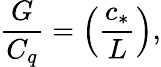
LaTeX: \frac{G}{C_{q}}=\left(\frac{c_{*}}{L}\right),